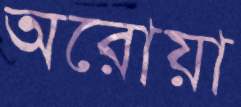
অরোয়া